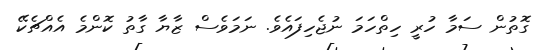
ގޮތުން ސަމާ ހުރީ ހިތްހަމަ ނުޖެހިފައެވެ. ނަމަވެސް ޒާޔާ ގާތު ކޮންމެ އެއްޗެކޭ